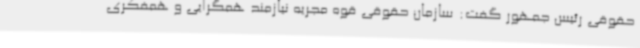
حقوقی رئیس جمهور گفت: سازمان حقوقی قوه مجریه نیازمند همگرایی و همفکری